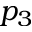
p _ { 3 }